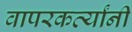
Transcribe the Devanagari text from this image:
वापरकर्त्यांनी